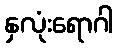
နှလုံးရောဂါ